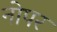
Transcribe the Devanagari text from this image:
नोपर